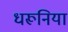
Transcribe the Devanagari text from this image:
धरूनिया